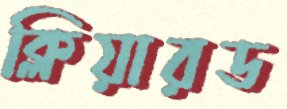
ক্লিয়ারড